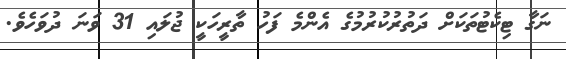
ނަގާ ޓިކެޓުތަކަށް ދަތުރުކުރުމުގެ އެންމެ ފަހު ތާރީހަކީ ޖުލައި 31 ވަނަ ދުވަހެވެ.